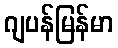
ဂျပန်မြန်မာ